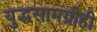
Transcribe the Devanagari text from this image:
युद्धसामग्रीही